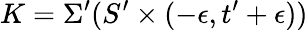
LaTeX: K=\Sigma^{\prime}(S^{\prime}\times(-\epsilon,t^{\prime}+\epsilon))